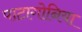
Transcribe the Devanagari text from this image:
पाटागोनिया